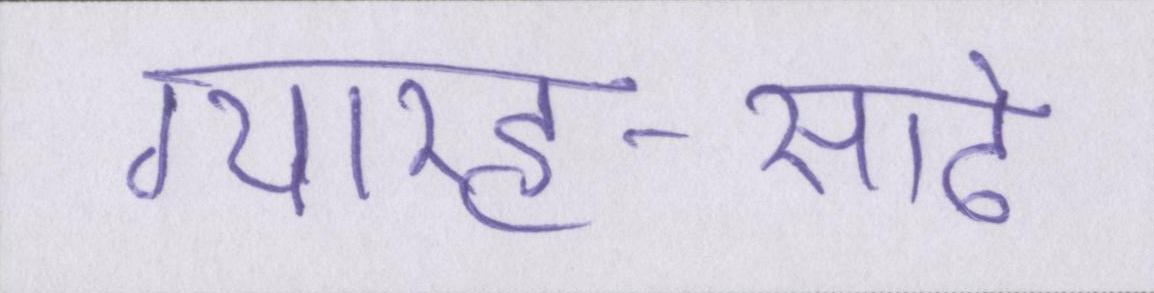
ग्यारह-साढे